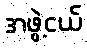
အဖွဲ့ငယ်